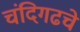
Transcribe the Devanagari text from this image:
चंदिगढचे